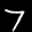
Label: 7